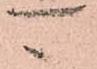
可